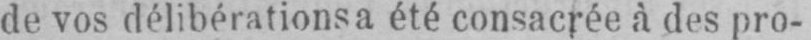
de vos délibérationsa été consacrée à des pro-